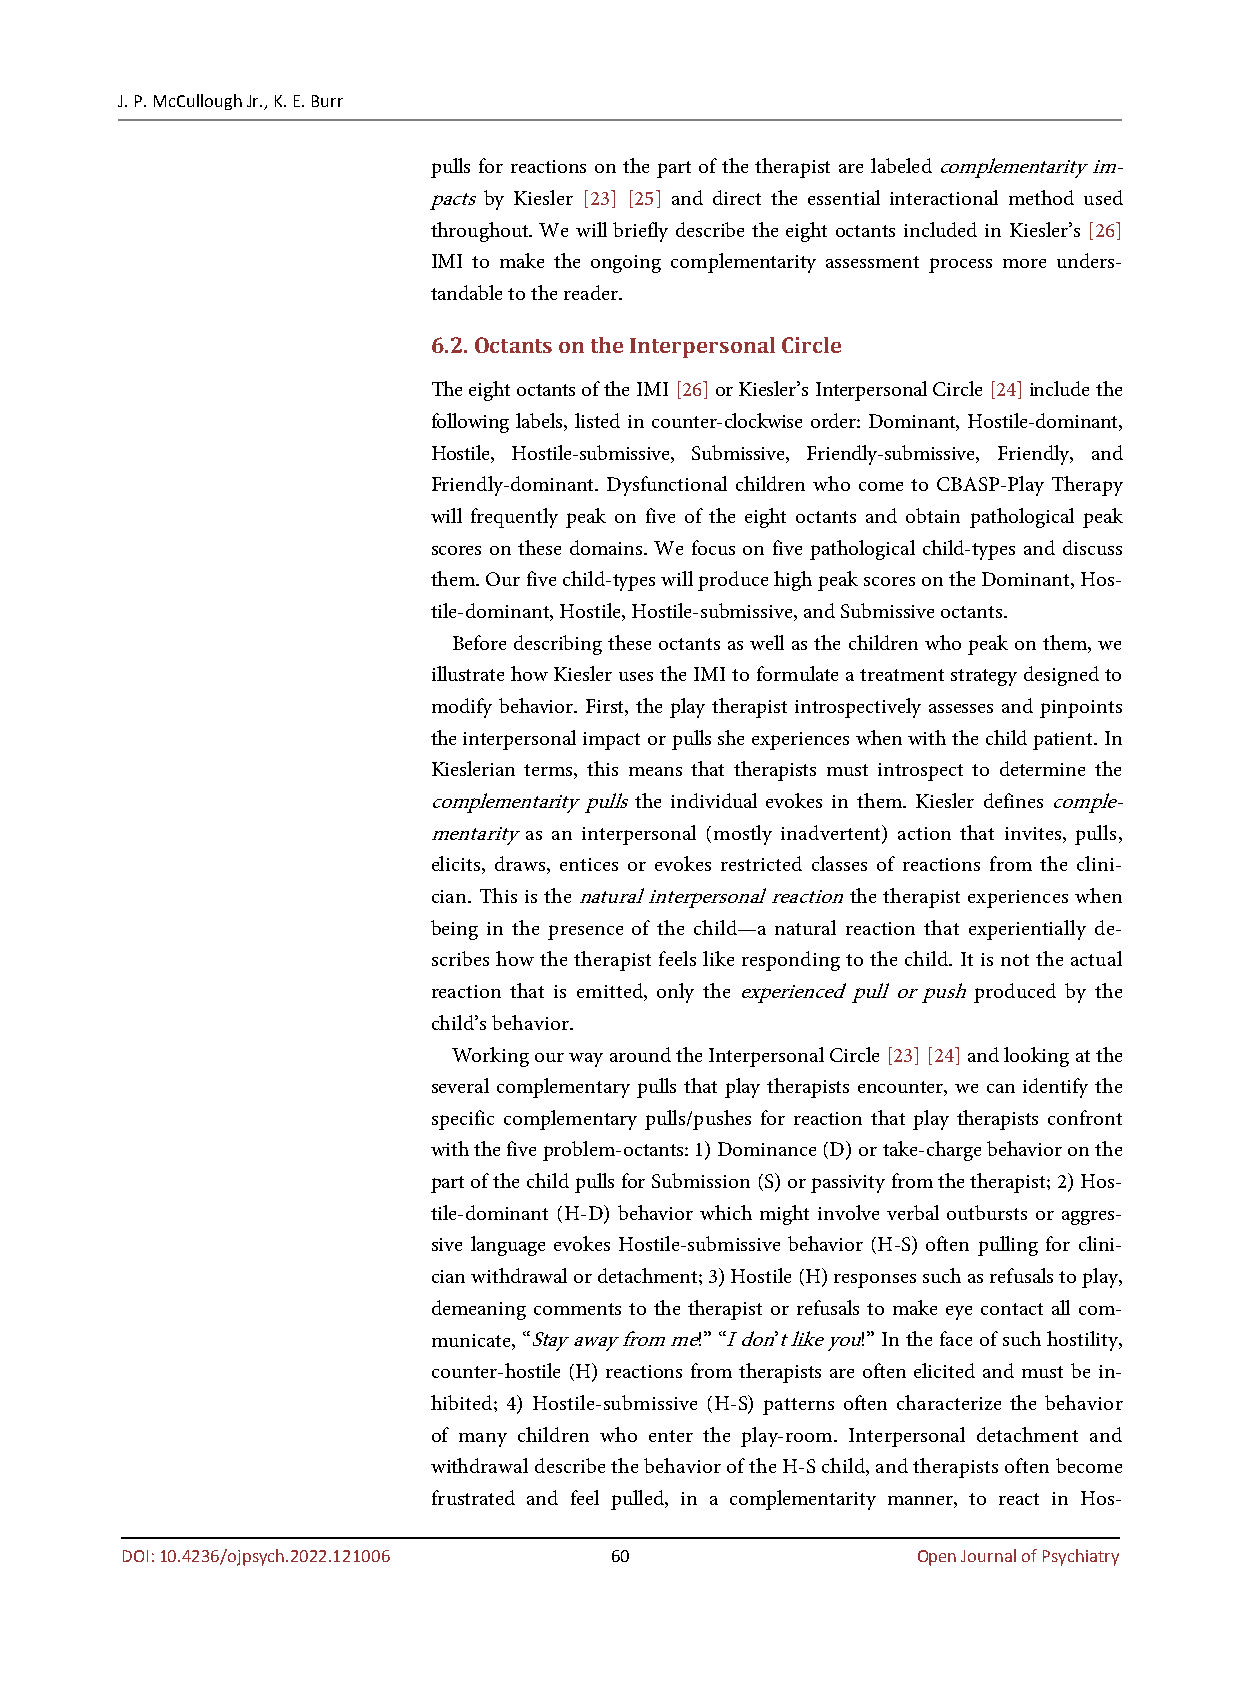
J. P. McCullough Jr., K. E. Burr
 pulls for reactions on the part of the therapist are labeled complementarity im-
 pacts by Kiesler [23] [25] and direct the essential interactional method used
 throughout. We will briefly describe the eight octants included in Kiesler’s [26]
 IMI to make the ongoing complementarity assessment process more unders-
 tandable to the reader.
 6.2. Octants on the Interpersonal Circle
 The eight octants of the IMI [26] or Kiesler’s Interpersonal Circle [24] include the
 following labels, listed in counter-clockwise order: Dominant, Hostile-dominant,
 Hostile, Hostile-submissive, Submissive, Friendly-submissive, Friendly, and
 Friendly-dominant. Dysfunctional children who come to CBASP-Play Therapy
 will frequently peak on five of the eight octants and obtain pathological peak
 scores on these domains. We focus on five pathological child-types and discuss
 them. Our five child-types will produce high peak scores on the Dominant, Hos-
 tile-dominant, Hostile, Hostile-submissive, and Submissive octants.
 Before describing these octants as well as the children who peak on them, we
 illustrate how Kiesler uses the IMI to formulate a treatment strategy designed to
 modify behavior. First, the play therapist introspectively assesses and pinpoints
 the interpersonal impact or pulls she experiences when with the child patient. In
 Kieslerian terms, this means that therapists must introspect to determine the
 complementarity pulls the individual evokes in them. Kiesler defines comple-
 mentarity as an interpersonal (mostly inadvertent) action that invites, pulls,
 elicits, draws, entices or evokes restricted classes of reactions from the clini-
 cian. This is the natural interpersonal reaction the therapist experiences when
 being in the presence of the child—a natural reaction that experientially de-
 scribes how the therapist feels like responding to the child. It is not the actual
 reaction that is emitted, only the experienced pull or push produced by the
 child’s behavior.
 Working our way around the Interpersonal Circle [23] [24] and looking at the
 several complementary pulls that play therapists encounter, we can identify the
 specific complementary pulls/pushes for reaction that play therapists confront
 with the five problem-octants: 1) Dominance (D) or take-charge behavior on the
 part of the child pulls for Submission (S) or passivity from the therapist; 2) Hos-
 tile-dominant (H-D) behavior which might involve verbal outbursts or aggres-
 sive language evokes Hostile-submissive behavior (H-S) often pulling for clini-
 cian withdrawal or detachment; 3) Hostile (H) responses such as refusals to play,
 demeaning comments to the therapist or refusals to make eye contact all com-
 municate, “Stay away from me!” “I don’t like you!” In the face of such hostility,
 counter-hostile (H) reactions from therapists are often elicited and must be in-
 hibited; 4) Hostile-submissive (H-S) patterns often characterize the behavior
 of many children who enter the play-room. Interpersonal detachment and
 withdrawal describe the behavior of the H-S child, and therapists often become
 frustrated and feel pulled, in a complementarity manner, to react in Hos-
 DOI: 10.4236/ojpsych.2022.121006 60                  Open Journal of Psychiatry